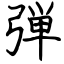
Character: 弾